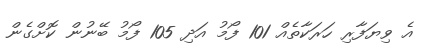
އެ ވިޔަފާރި ހަރަކާތެއް 101 ފޯމު އަދި 105 ފޯމު ބޭނުން ކޮށްގެން